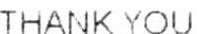
THANK YOU